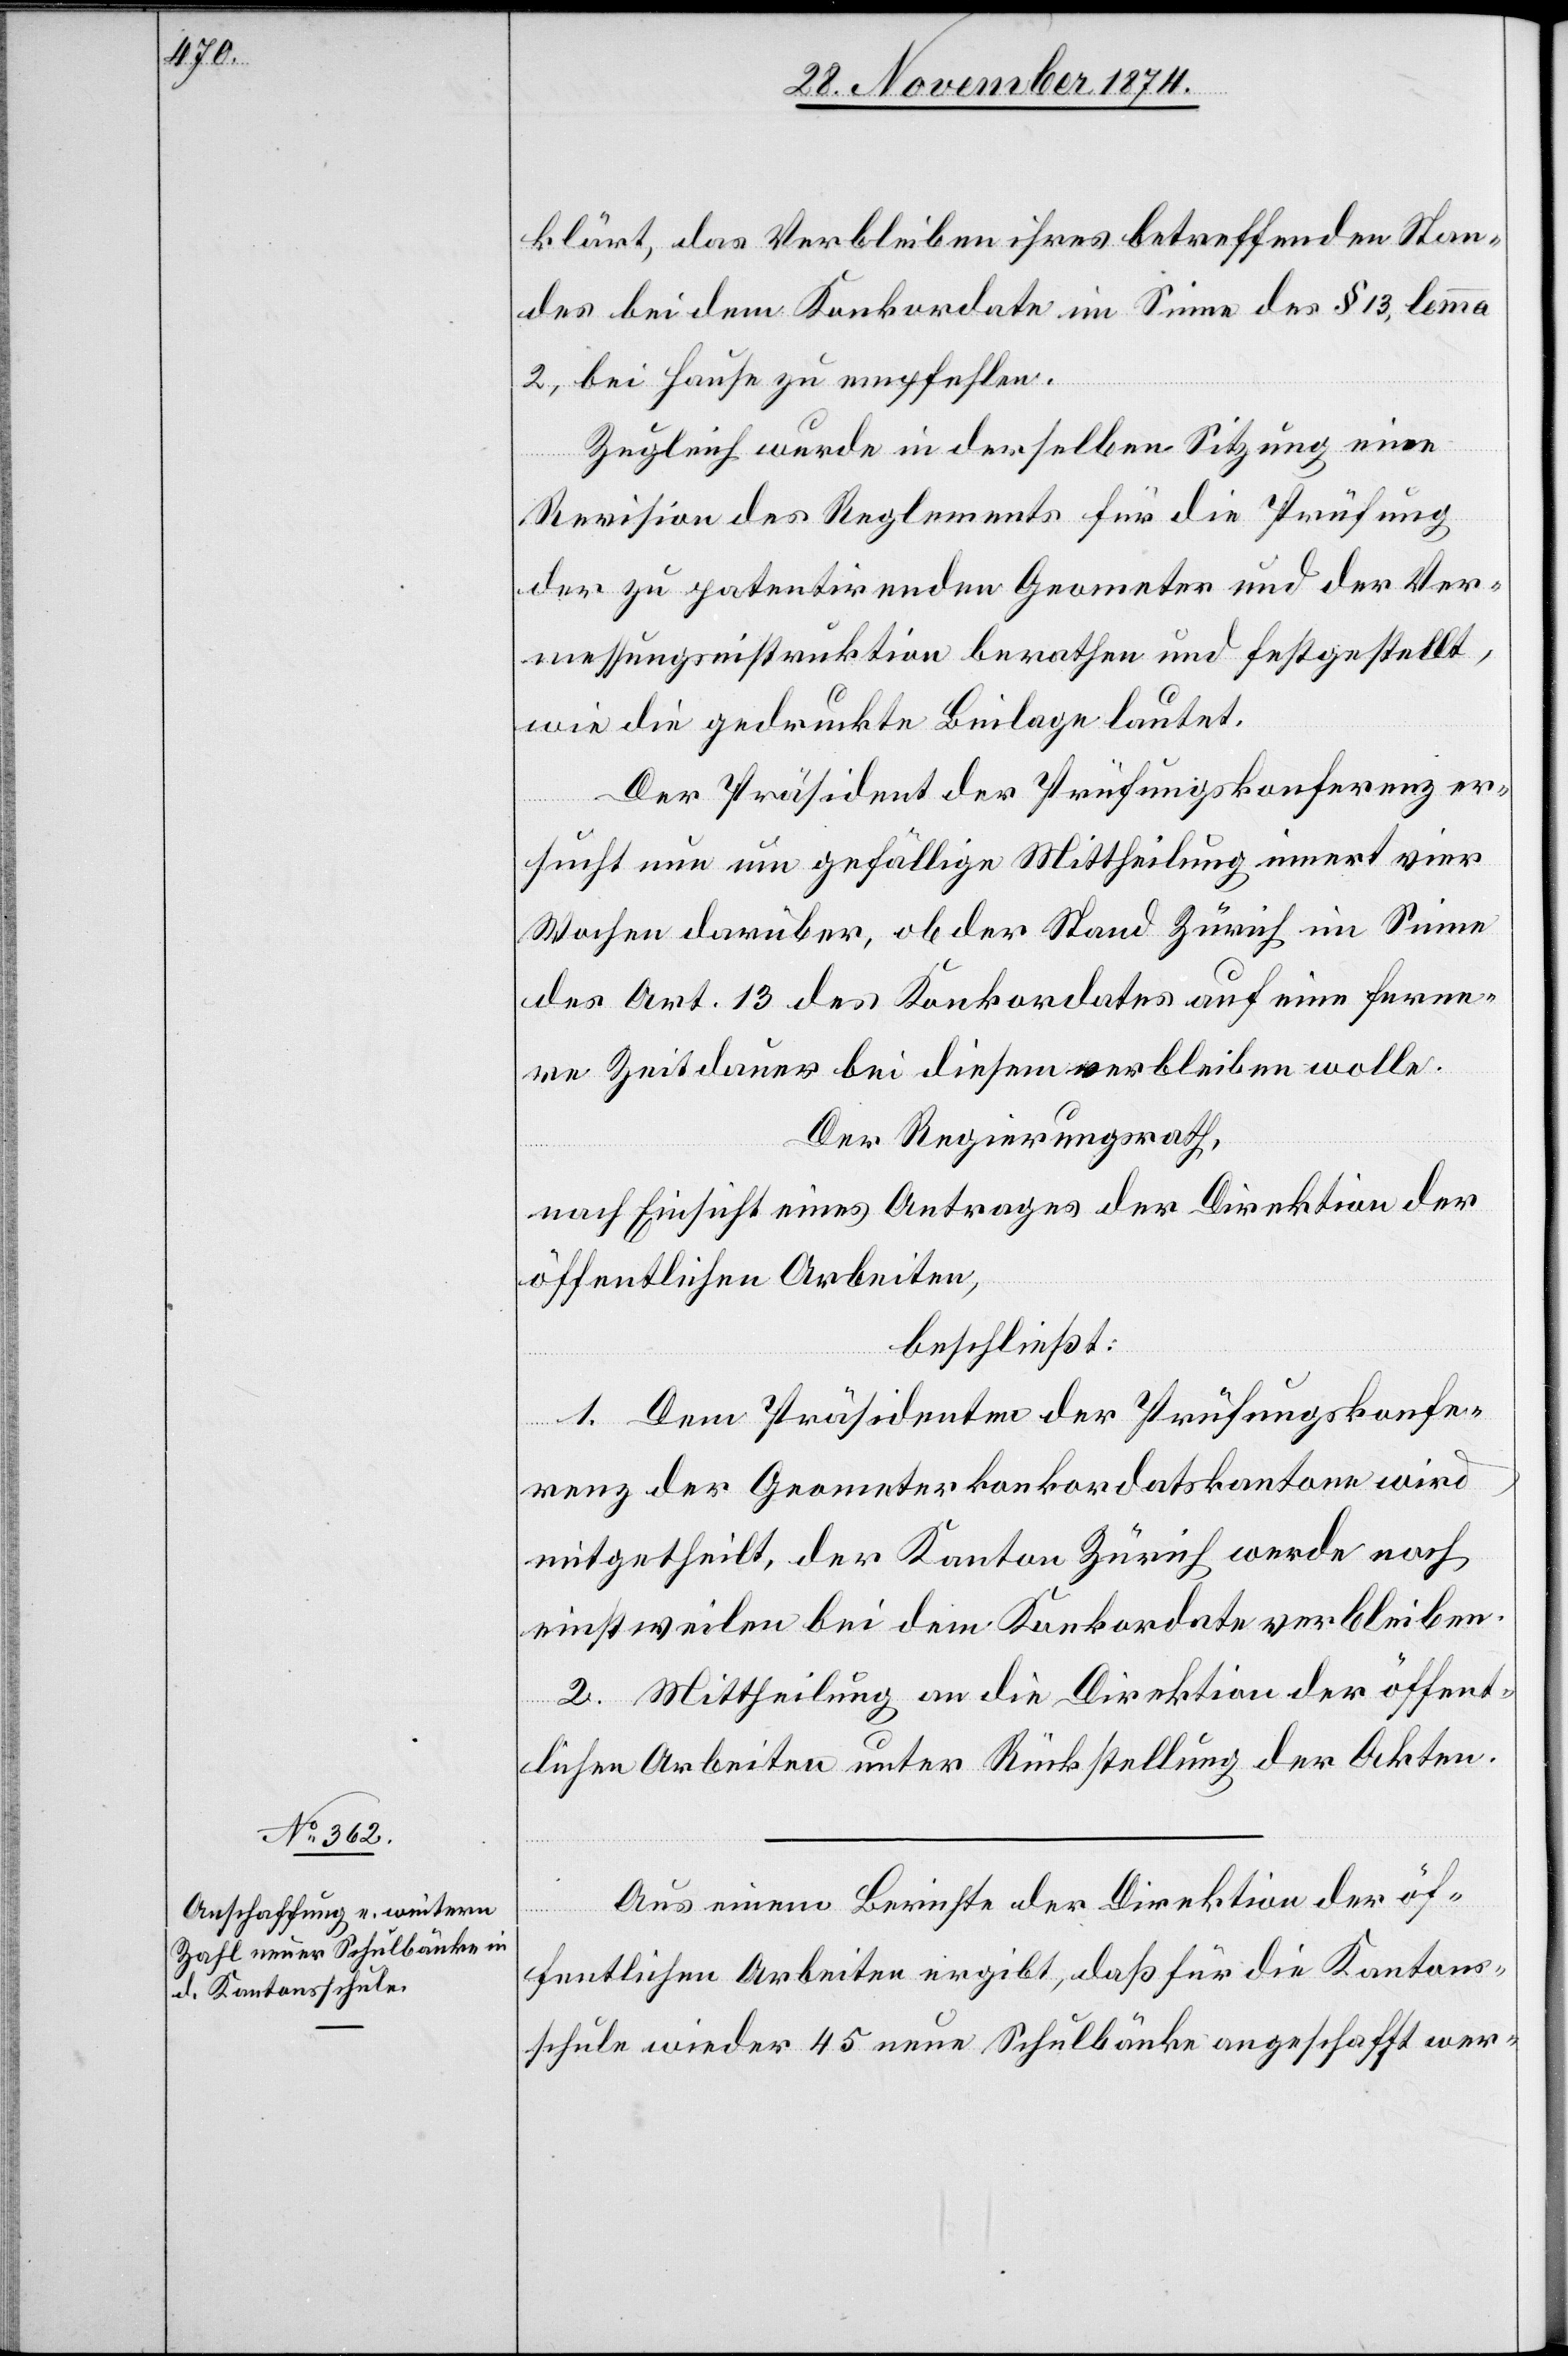
klärt, das Verbleiben ihres betreffenden Stan¬
des bei dem Konkordate im Sinne des § 13, lemma
2, bei Hause zu empfehlen.
Zugleich wurde in derselben Sitzung eine
Revision des Reglements für die Prüfung
der zu patentirenden Geometer und der Ver¬
messungsinstruktion berathen und festgestellt,
wie die gedruckte Beilage lautet.
Der Präsident der Prüfungskonferenz er¬
sucht nun um gefällige Mittheilung innert vier
Wochen darüber, ob der Stand Zürich im Sinne
des Art. 13 des Konkordates auf eine ferne¬
re Zeitdauer bei diesem verbleiben wolle.
Der Regierungsrath,
nach Einsicht eines Antrages der Direktion der
öffentlichen Arbeiten,
beschließt:
1. Dem Präsidenten der Prüfungskonfe¬
renz der Geometerkonkordatskantone wird
mitgetheilt, der Kanton Zürich werde noch
einstweilen bei dem Konkordate verbleiben.
2. Mittheilung an die Direktion der öffent¬
lichen Arbeiten unter Rückstellung der Akten.
Aus einem Berichte der Direktion der öf¬
fentlichen Arbeiten ergibt [sich], daß für die Kantons¬
schule wieder 45 neue Schulbänke angeschafft wer-